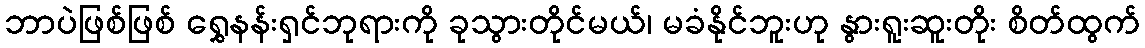
ဘာပဲဖြစ်ဖြစ် ရွှေနန်းရှင်ဘုရားကို ခုသွားတိုင်မယ်၊ မခံနိုင်ဘူးဟု နွားရူးဆူးတိုး စိတ်ထွက်